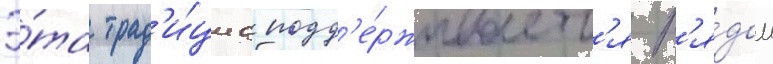
Э́та трад'и́циа подд'е́рживаетс'я р'я́дом